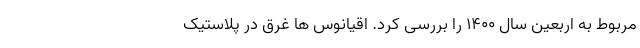
مربوط به اربعین سال ۱۴۰۰ را بررسی کرد. اقیانوس ها غرق در پلاستيک